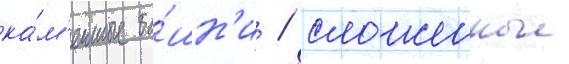
ка́м'енные ба́шн'и / сложенные